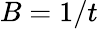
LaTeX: B=1/t